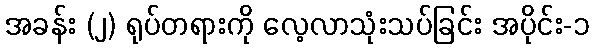
အခန်း (၂) ရုပ်တရားကို လေ့လာသုံးသပ်ခြင်း အပိုင်း-၁